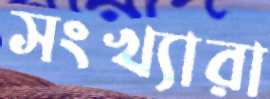
সংখ্যারা